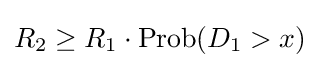
R_{2}\geq R_{1}\cdot \operatorname {Prob} (D_{1}>x)